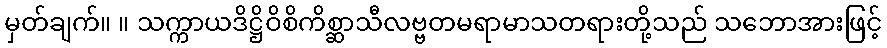
မှတ်ချက်။ ။ သက္ကာယဒိဋ္ဌိဝိစိကိစ္ဆာသီလဗ္ဗတမရာမာသတရားတို့သည် သဘောအားဖြင့်